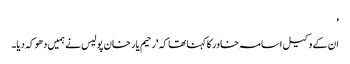
'
ان کے وکیل اسامہ خاور کا کہنا تھا کہ 'رحیم یار خان پولیس نے ہمیں دھوکہ دیا۔